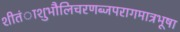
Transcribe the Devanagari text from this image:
शीतंाशुभौलिचरणब्जपरागमात्रभूषा